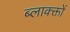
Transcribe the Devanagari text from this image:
ब्लाक्क्तों